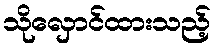
သိုလှောင်ထားသည့်